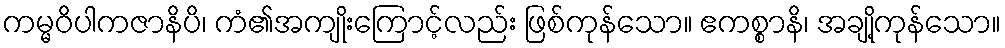
ကမ္မဝိပါကဇာနိပိ၊ ကံ၏အကျိုးကြောင့်လည်း ဖြစ်ကုန်သော။ ဧကစ္စာနိ၊ အချို့ကုန်သော။